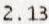
2.13